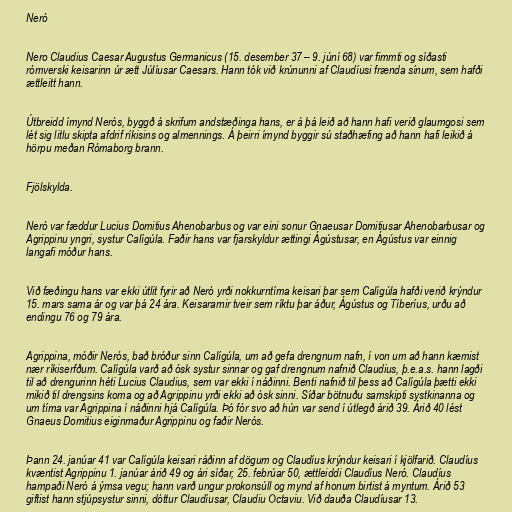
Neró

Nero Claudius Caesar Augustus Germanicus (15. desember 37 – 9. júní 68) var fimmti og síðasti
rómverski keisarinn úr ætt Júlíusar Caesars. Hann tók við krúnunni af Claudíusi frænda sínum, sem hafði
ættleitt hann.

Útbreidd ímynd Nerós, byggð á skrifum andstæðinga hans, er á þá leið að hann hafi verið glaumgosi sem
lét sig litlu skipta afdrif ríkisins og almennings. Á þeirri ímynd byggir sú staðhæfing að hann hafi leikið á
hörpu meðan Rómaborg brann.

Fjölskylda.

Neró var fæddur Lucius Domitius Ahenobarbus og var eini sonur Gnaeusar Domitiusar Ahenobarbusar og
Agrippinu yngri, systur Calígúla. Faðir hans var fjarskyldur ættingi Ágústusar, en Ágústus var einnig
langafi móður hans.

Við fæðingu hans var ekki útlit fyrir að Neró yrði nokkurntíma keisari þar sem Calígúla hafði verið krýndur
15. mars sama ár og var þá 24 ára. Keisararnir tveir sem ríktu þar áður, Ágústus og Tíberíus, urðu að
endingu 76 og 79 ára.

Agrippina, móðir Nerós, bað bróður sinn Calígúla, um að gefa drengnum nafn, í von um að hann kæmist
nær ríkiserfðum. Calígúla varð að ósk systur sinnar og gaf drengnum nafnið Claudius, þ.e.a.s. hann lagði
til að drengurinn héti Lucius Claudius, sem var ekki í náðinni. Benti nafnið til þess að Calígúla þætti ekki
mikið til drengsins koma og að Agrippinu yrði ekki að ósk sinni. Síðar bötnuðu samskipti systkinanna og
um tíma var Agrippina í náðinni hjá Calígúla. Þó fór svo að hún var send í útlegð árið 39. Árið 40 lést
Gnaeus Domitius eiginmaður Agrippinu og faðir Nerós.

Þann 24. janúar 41 var Calígúla keisari ráðinn af dögum og Claudíus krýndur keisari í kjölfarið. Claudíus
kvæntist Agrippinu 1. janúar árið 49 og ári síðar, 25. febrúar 50, ættleiddi Claudíus Neró. Claudíus
hampaði Neró á ýmsa vegu; hann varð ungur prokonsúll og mynd af honum birtist á myntum. Árið 53
giftist hann stjúpsystur sinni, dóttur Claudíusar, Claudiu Octaviu. Við dauða Claudíusar 13.